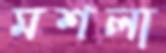
মশলা